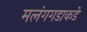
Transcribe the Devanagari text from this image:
मलंगगडाकडे